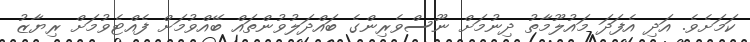
ކަމަށެވެ. އަދި އެފަދަ މައުލޫމާތު ދިނުމަށް ނޫސްވެރިންގެ ބައްދަލުވުންތައް ބޭއްވުމަށް ފެއްޓެވުމަށް ރިޔާޒު